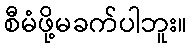
စီမံဖို့မခက်ပါဘူး။